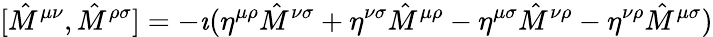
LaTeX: [{\hat{M}}^{\mu\nu},{\hat{M}}^{\rho\sigma}]=-\imath({\eta}^{\mu\rho}{\hat{M}}^{\nu\sigma}+{\eta}^{\nu\sigma}{\hat{M}}^{\mu\rho}-{\eta}^{\mu\sigma}{\hat{M}}^{\nu\rho}-{\eta}^{\nu\rho}{\hat{M}}^{\mu\sigma})